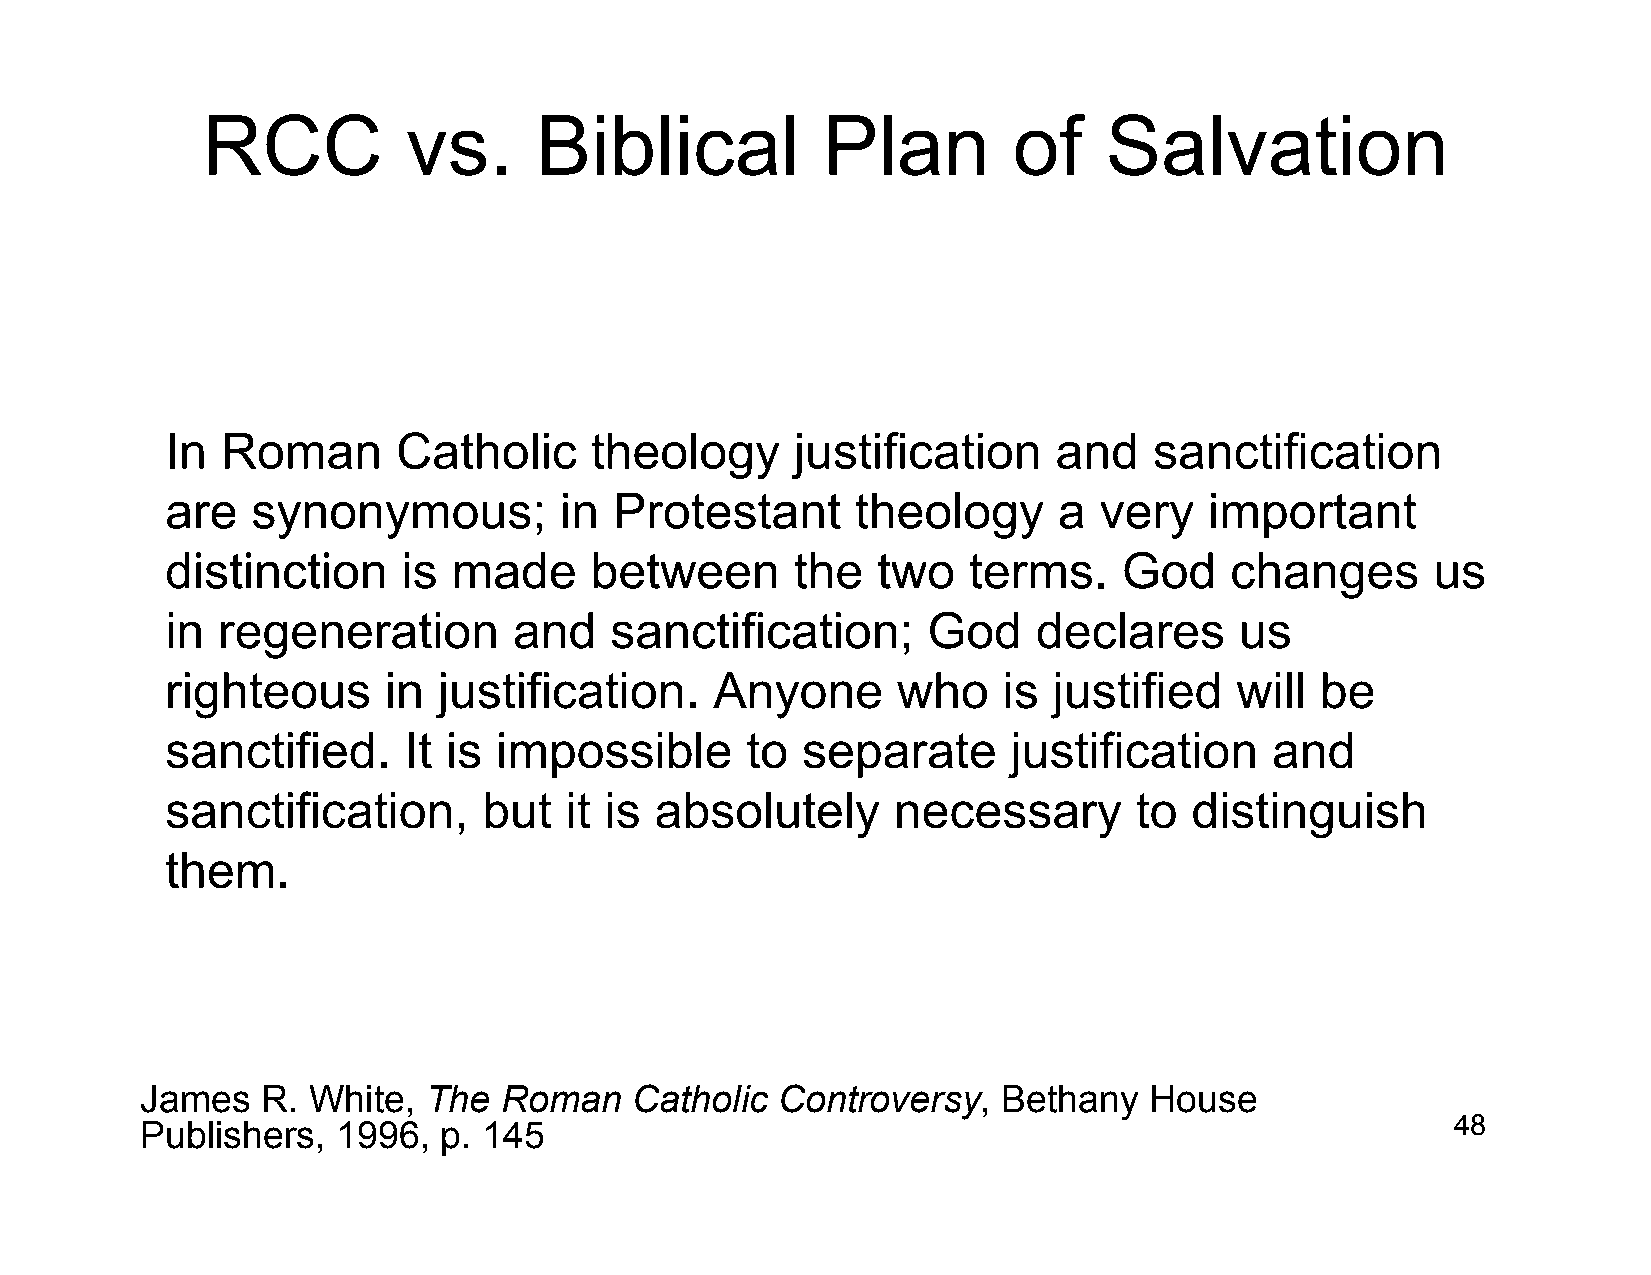
RCC           vs.     Biblical           Plan         of    Salvation
 In  Roman      Catholic     theology      justification    and   sanctification
 are   synonymous;         in  Protestant      theology     a  very   important
 distinction     is made     between       the  two   terms.    God    changes       us
 in regeneration        and   sanctification;      God     declares     us
 righteous     in  justification.    Anyone      who    is  justified   will be
 sanctified.     It is impossible      to  separate      justification    and
 sanctification,      but  it is absolutely      necessary       to  distinguish
 them.
 James   R. White,  The  Roman    Catholic Controversy,   Bethany   House
 Publishers,  1996,  p. 145                                                             48